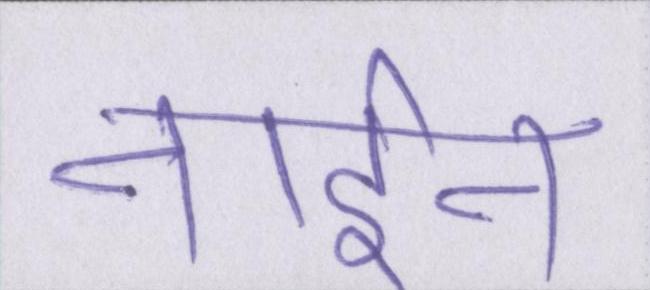
नाईन